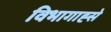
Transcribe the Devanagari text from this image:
विभागाह्से